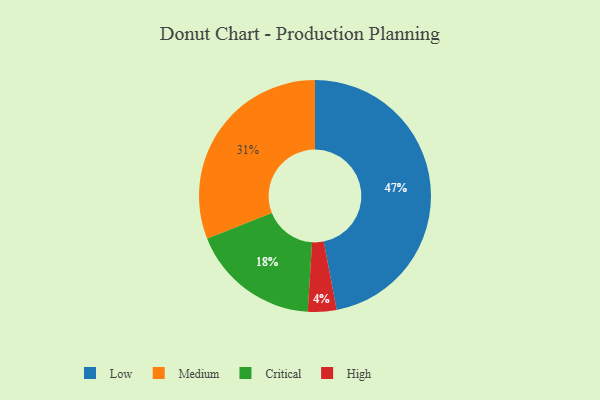
{"axis": {"x": "Category", "y": "Percentage"}, "legend": ["Critical", "High", "Low", "Medium"], "data": [{"x": "High", "y": 4, "type": "High"}, {"x": "Low", "y": 47, "type": "Low"}, {"x": "Medium", "y": 31, "type": "Medium"}, {"x": "Critical", "y": 18, "type": "Critical"}]}